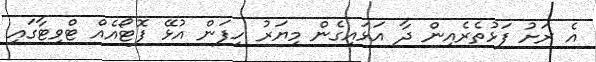
އެ ރަށު ފަޅުތެރެއިން ދާ އަޅައިގެން މިޔަރު ހިފަން އުޅޭ ފޮޓޯއެއް ޓްވިޓާގައި